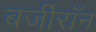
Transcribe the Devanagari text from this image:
बर्जीरॉन